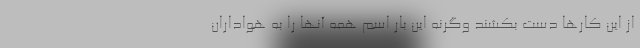
از این کارها دست بکشند و‌گرنه این بار اسم همه آنها را به هواداران